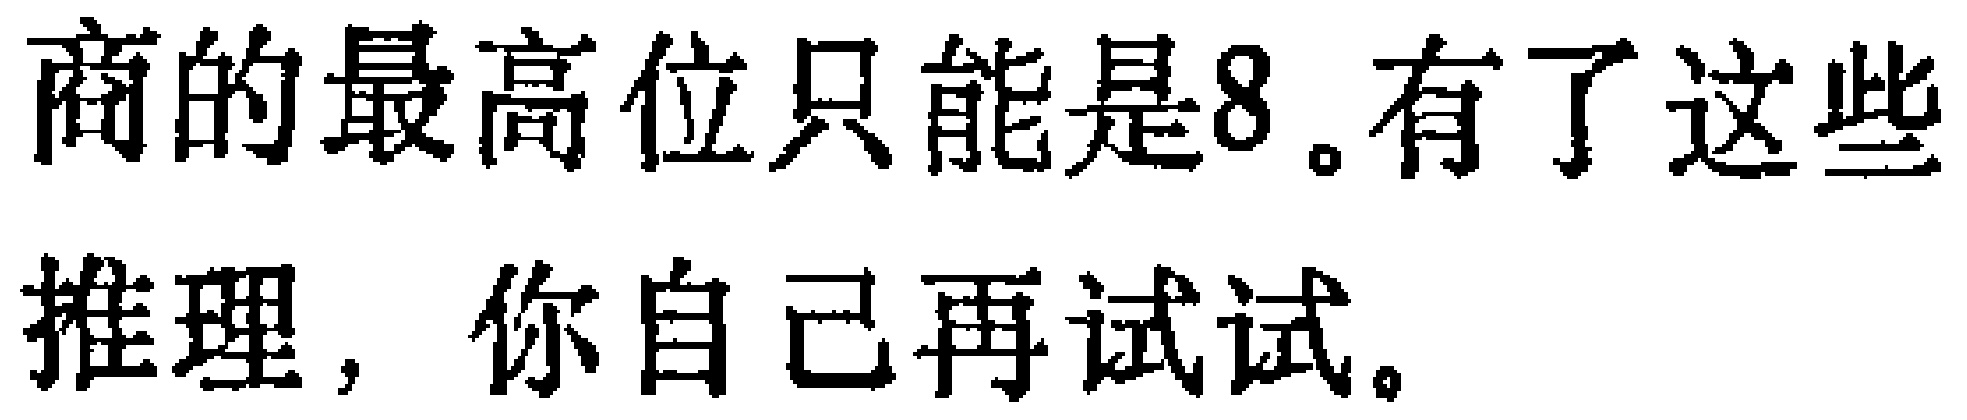
商的最高位只能是8.有了这些推理，你自己再试试。